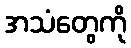
အသံတွေကို